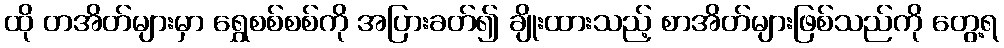
ထို တအိတ်များမှာ ရွှေစစ်စစ်ကို အပြားခတ်၍ ချိုးထားသည့် စာအိတ်များဖြစ်သည်ကို တွေ့ရ